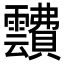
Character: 靅